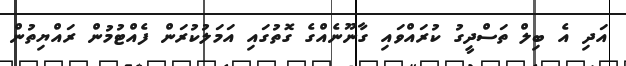
އަދި އެ ބިލް ތަސްދީގު ކުރައްވައި ގާނޫނެއްގެ ގޮތުގައި އަމަލުކުރަން ފެއްޓުމުން ރައްޔިތުން